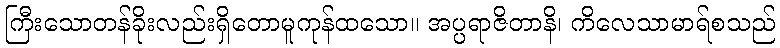
ကြီးသောတန်ခိုးလည်းရှိတောမူကုန်ထသော။ အပ္ပရာဇိတာနိ၊ ကိလေသာမာရ်စသည်